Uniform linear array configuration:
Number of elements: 8
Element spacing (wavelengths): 0.5
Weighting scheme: hamming
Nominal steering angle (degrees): -30
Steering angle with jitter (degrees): -28.282
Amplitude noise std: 0.05
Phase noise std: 0.05

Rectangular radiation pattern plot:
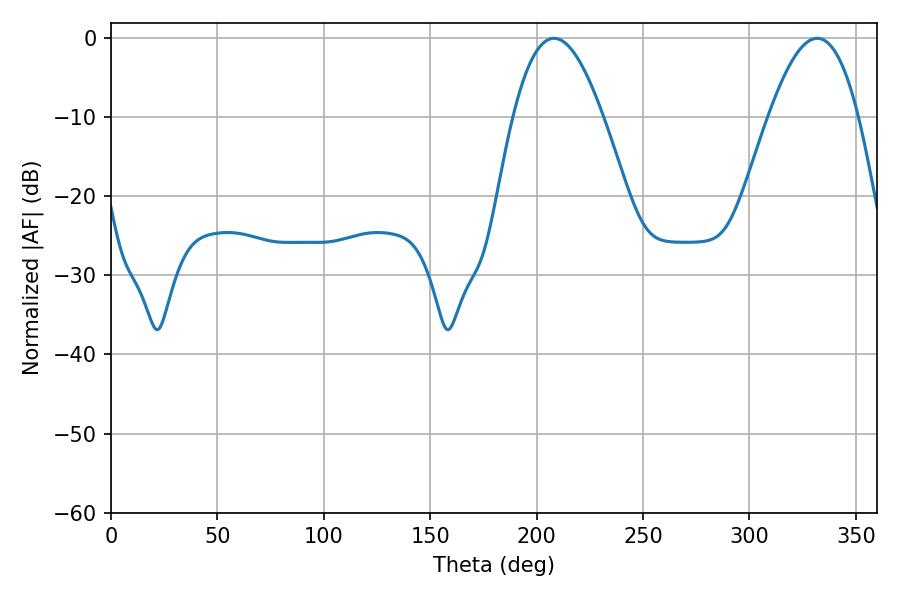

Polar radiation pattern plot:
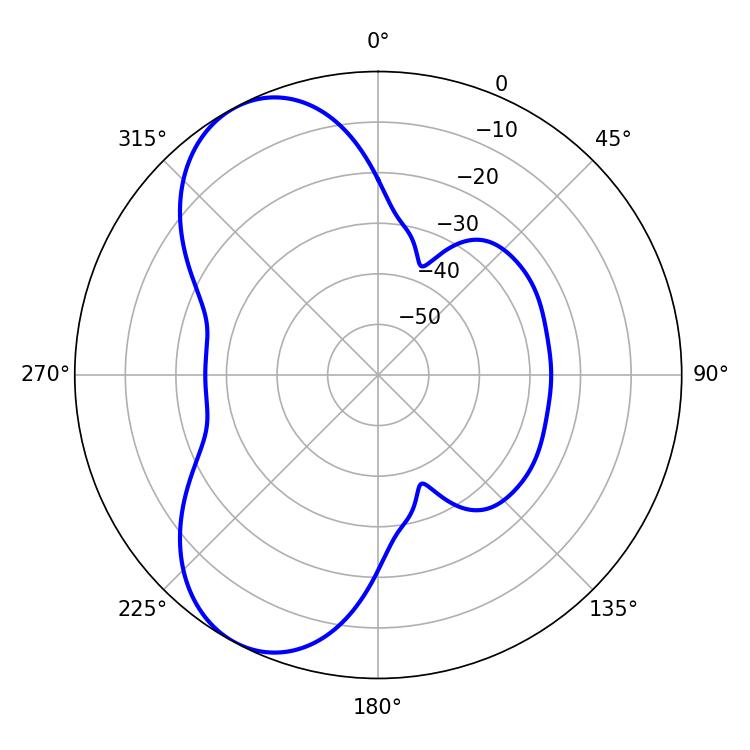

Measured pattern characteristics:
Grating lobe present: FALSE
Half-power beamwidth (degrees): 23.04
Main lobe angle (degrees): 208.08